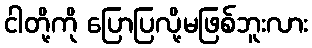
ငါတို့ကို ပြောပြလို့မဖြစ်ဘူးလား